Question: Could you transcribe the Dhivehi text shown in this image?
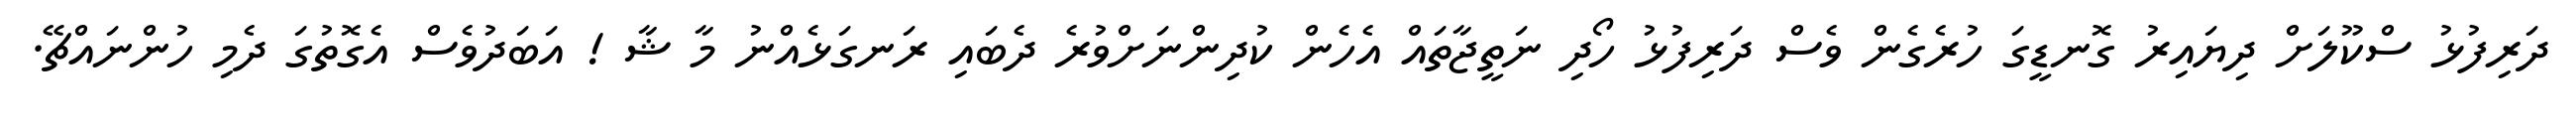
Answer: ދަރިފުޅު ސްކޫލަށް ދިޔައިރު ގޮނޑީގަ ހުރެގެން ވެސް ދަރިފުޅު ހޯދި ނަތީޖާތައް އެހެން ކުދިންނަށްވުރެ ދެބައި ރަނގަޅެއްނު މާ ޝާ ! އަބަދުވެސް އެގޮތުގަ ދެމި ހުންނައްޗޭ.